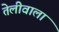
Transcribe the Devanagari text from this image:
तेलीवाला